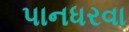
પાનધરવા